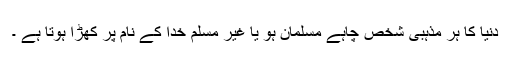
دنیا کا ہر مذہبی شخص چاہے مسلمان ہو یا غیر مسلم خدا کے نام پر کھڑا ہوتا ہے ۔